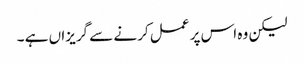
لیکن وہ اس پر عمل کرنے سے گریزاں ہے ۔